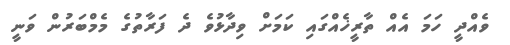
ވެއްދީ ހަމަ އެއް ތާރީޚެއްގައި ކަމަށް ވިދާޅުވެ ދެ ފަރާތުގެ މެމްބަރުން ވަނީ